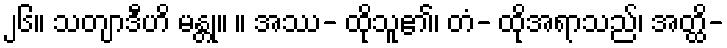
၂၆။ သတျာဒီဟိ မန္တု။ ။ အဿ- ထိုသူ၏၊ တံ- ထိုအရာသည်၊ အတ္ထိ-